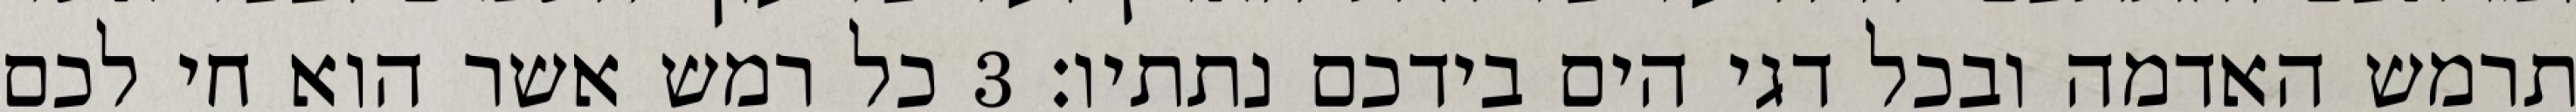
תרמש האדמה ובכל דגי הים בידכם נתתיו׃ ‎3‏ כל רמש אשר הוא חי לכם